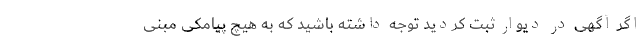
اگر آگهی در دیوار ثبت کردید توجه داشته باشید که به هیچ پیامکی مبنی